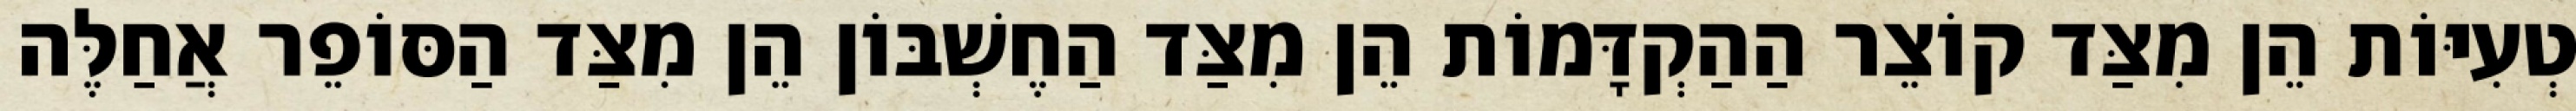
טְעִיּוֹת הֵן מִצַּד קוֹצֵר הַהַקְדָּמוֹת הֵן מִצַּד הַחֶשְׁבּוֹן הֵן מִצַּד הַסּוֹפֵר אֲחַלֶּה